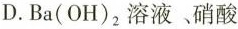
D.Ba(OH)_{2}溶液、硝酸